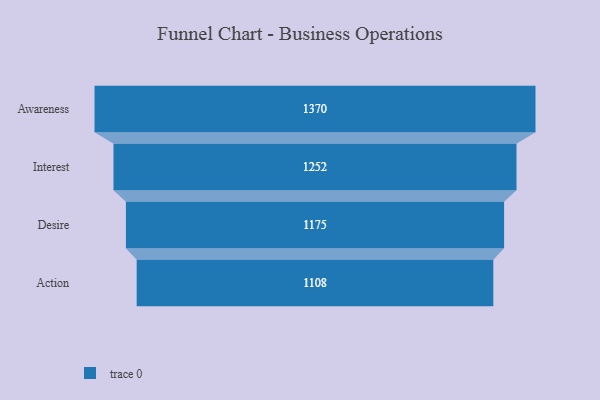
{"axis": {"x": "Stage", "y": "Value"}, "legend": [""], "data": [{"x": "Awareness", "y": 1370.0, "type": ""}, {"x": "Interest", "y": 1252.0, "type": ""}, {"x": "Desire", "y": 1175.0, "type": ""}, {"x": "Action", "y": 1108.0, "type": ""}]}